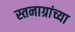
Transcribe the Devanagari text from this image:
स्तनाग्रांच्या